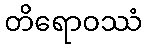
တိရောဝဿံ